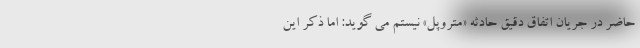
حاضر در جریان اتفاق دقیق حادثه «متروپل» نیستم می گوید: اما ذکر این